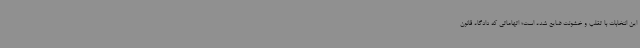
این انتخابات با تقلب و خشونت ضایع شده است؛ اتهاماتی که دادگاه قانون